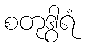
စတုဒွါရံ